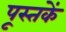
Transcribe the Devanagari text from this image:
पूस्‍तकें